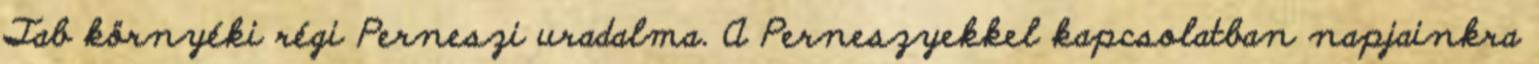
Tab környéki régi Perneszi uradalma. A Perneszyekkel kapcsolatban napjainkra